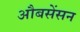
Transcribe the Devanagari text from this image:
औबसेंसन